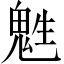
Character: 𩲵